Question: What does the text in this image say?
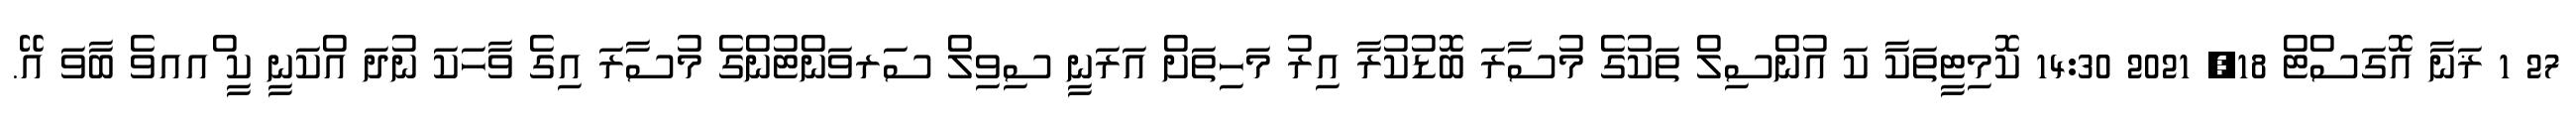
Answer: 27 1 ޜަނާ އޮގަސްޓް 18, 2021 14:30 ކޮމިޓީތަކާ ކަ އުންސިލް ތަކުގެ މުސާރަ ބޮޑުކުރާ އިރު މަހިތަށް އަރަނީ ސިވިލް ސަރވަންޓުންގެ މުސާރަ އިގެ ވާހަކަ ނުދަ އްކަނީ ކީ ްއއވެ ބާވަ އޭ.